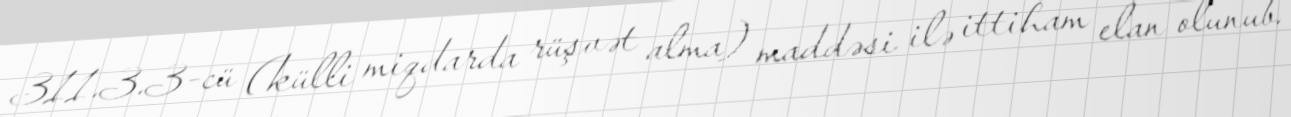
311.3.3-cü (külli miqdarda rüşvət alma) maddəsi ilə ittiham elan olunub.